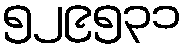
၅၂၉၅၃၁